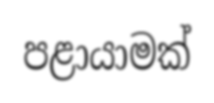
පළායාමක්